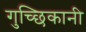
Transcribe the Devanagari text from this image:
गुच्छिकानी